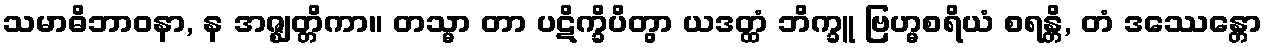
သမာဓိဘာဝနာ, န အဇ္ဈတ္တိကာ။ တသ္မာ တာ ပဋိက္ခိပိတွာ ယဒတ္ထံ ဘိက္ခူ ဗြဟ္မစရိယံ စရန္တိ, တံ ဒဿေန္တော